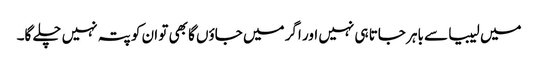
میں لیبیا سے باہر جاتا ہی نہیں اور اگر میں جاؤں گا بھی تو ان کو پتہ نہیں چلے گا۔